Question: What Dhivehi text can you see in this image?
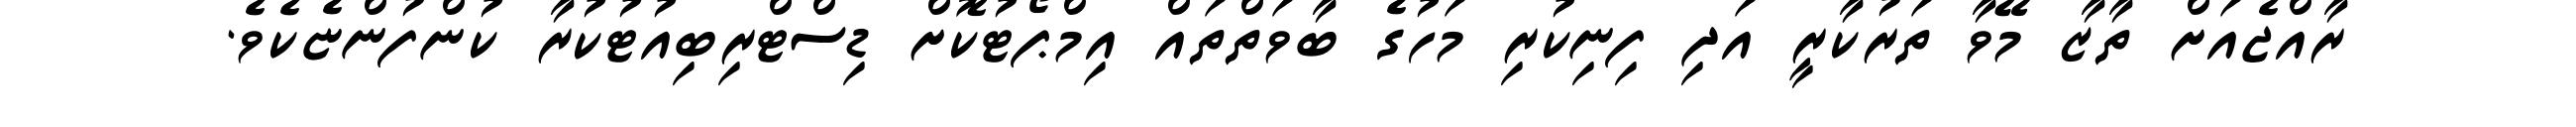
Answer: ރާއްޖެއަށް ތާޒާ މޭވާ ތަރުކާރީ އަދި ފިނިކުރި މަހުގެ ބާވަތްތައް އިމްޕޯޓުކޮށް ޑިސްޓްރިބިއުޓުކުރާ ކުންފުންޏެކެވެ.